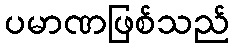
ပမာဏဖြစ်သည်